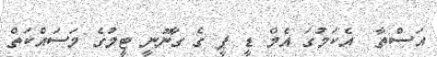
އަސްތާ  އެކަމުގަ އެމް ޑީ ޕީ ގެ ގާނޫނީ ޓީމުގެ މަސައްކަތް